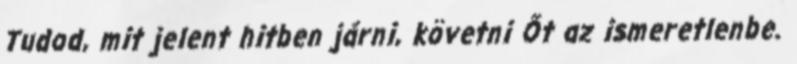
Tudod, mit jelent hitben járni, követni Őt az ismeretlenbe.